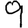
Digit: 9